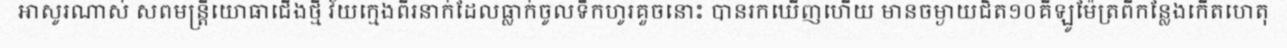
អាសូរណាស់ សពមន្ត្រីយោធាជើងថ្មី វ័យក្មេងពីរនាក់ដែលធ្លាក់ចូលទឹកហូរគួចនោះ បានរកឃើញហើយ មានចម្ងាយជិត១០គីឡូម៉ែត្រពីកន្លែងកើតហេតុ